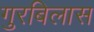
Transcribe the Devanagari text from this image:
गुरबिलास